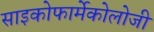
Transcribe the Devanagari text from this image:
साइकोफार्मेकोलोजी